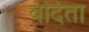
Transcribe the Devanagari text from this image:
वंदिता